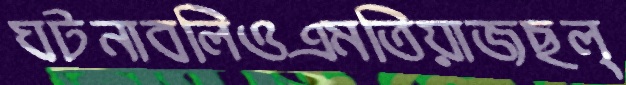
ঘটনাবলিওএমতিয়াজছল্